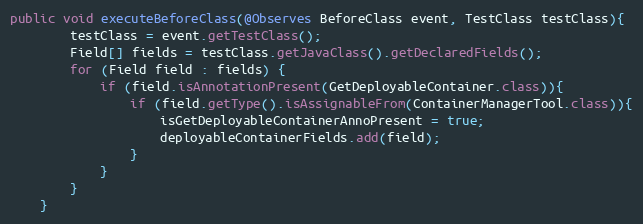
Language: Java
public void executeBeforeClass(@Observes BeforeClass event, TestClass testClass){
		testClass = event.getTestClass();
		Field[] fields = testClass.getJavaClass().getDeclaredFields();
		for (Field field : fields) {
			if (field.isAnnotationPresent(GetDeployableContainer.class)){
				if (field.getType().isAssignableFrom(ContainerManagerTool.class)){
					isGetDeployableContainerAnnoPresent = true;
					deployableContainerFields.add(field);
				}
			}
		}
	}